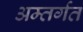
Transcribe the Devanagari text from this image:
अम्तर्गत